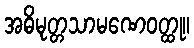
အဓိမုတ္တသာမဏေဝတ္ထု။